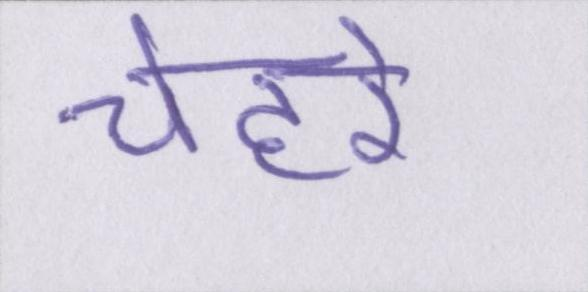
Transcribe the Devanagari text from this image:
चेहरे